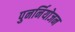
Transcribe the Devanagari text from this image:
पुनर्नियोजन